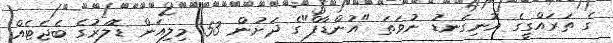
ގެ ތަރައްގީގެ އޮނިގަނޑު ނުވަތަ "އުންޑާފް"ގެ ދަށުން 53 މިލިއަން ޑޮލަރުގެ ބެޖެޓެއް